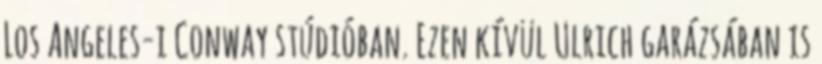
Los Angeles-i Conway stúdióban. Ezen kívül Ulrich garázsában is